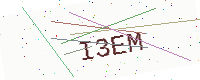
Text: I3EM